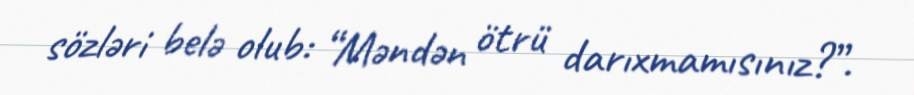
sözləri belə olub: “Məndən ötrü darıxmamısınız?”.